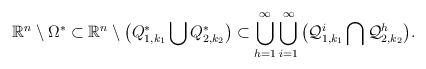
LaTeX: \begin{align*} \mathbb{R}^{n}\setminus \Omega^{*} &\subset \mathbb{R}^{n}\setminus \big(Q_{1,k_{1}}^{*}\bigcup Q_{2,k_{2}}^{*} \big) \subset \bigcup_{h=1}^{\infty} \bigcup_{i=1}^{\infty} \big(\mathcal{Q}_{1,k_{1}}^{i}\bigcap \mathcal {Q}_{2,k_{2}}^{h} \big).\end{align*}